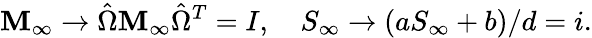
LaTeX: \mathbf{M}_{\infty}\to\hat{{\Omega}}\mathbf{M}_{\infty}\hat{{\Omega}}^{T}=I,\ \ \ \ S_{\infty}\to(aS_{\infty}+b)/d=i.